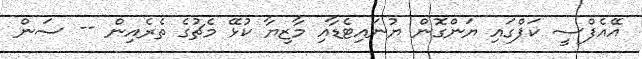
އޭއެފްސީ ކަޕްގައި ޔަންގޮން ޔުނައިޓެޑާއި މާޒިޔާ ކުޅޭ މެޗުގެ ތެރެއިން -- ސަން